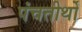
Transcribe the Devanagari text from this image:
पंचतीर्थों